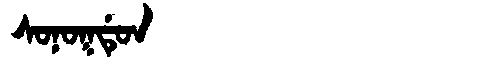
Manchu: ᠰᠣᠨᠣᡴᡩᡠᠨ
Romanization: SONOKDUN